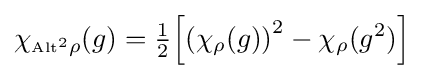
\chi _{{\scriptscriptstyle {\rm {{Alt}^{2}}}}\rho }(g)={\tfrac {1}{2}}\!\left[\left(\chi _{\rho }(g)\right)^{2}-\chi _{\rho }(g^{2})\right]